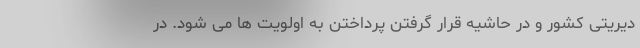
دیریتی کشور و در حاشیه قرار گرفتن پرداختن به اولویت ها می شود. در